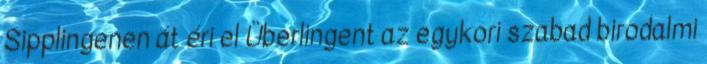
Sipplingenen át éri el Überlingent az egykori szabad birodalmi